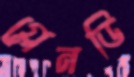
গ্লেনডি